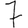
Digit: 7